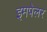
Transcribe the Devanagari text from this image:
इमपेलर